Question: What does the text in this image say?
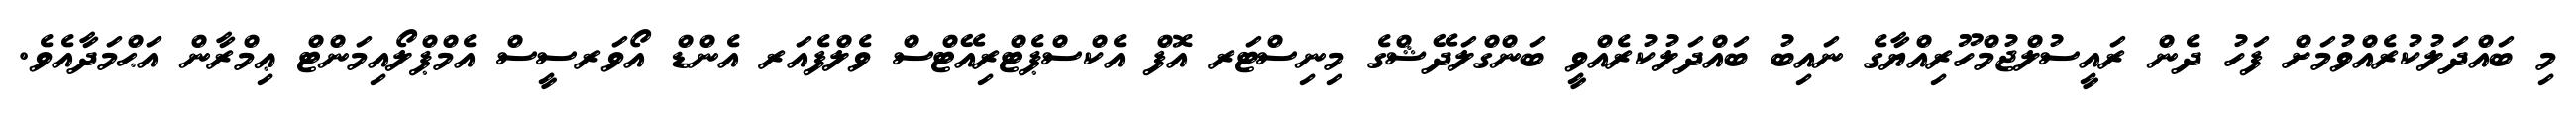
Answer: މި ބައްދަލުކުރެއްވުމަށް ފަހު ދެން ރައީސުލްޖުމްހޫރިއްޔާގެ ނައިބު ބައްދަލުކުރެއްވީ ބަންގްލަދޭޝްގެ މިނިސްޓަރ އޮފް އެކްސްޕެޓްރިއޭޓްސް ވެލްފެއަރ އެންޑް އޯވަރސީސް އެމްޕްލޯއިމަންޓް ޢިމްރާން އަޙްމަދާއެވެ.